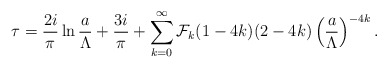
\begin{align*}\tau={2i\over\pi}\ln{a\over\Lambda}+{3i\over\pi}+\sum_{k=0}^\infty {\cal F}_k(1-4k)(2-4k)\left({a\over \Lambda}\right)^{-4k}. \end{align*}